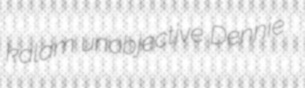
kalam unobjective Dennie